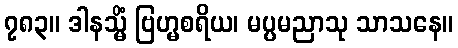
၇၈၃။ ဒါနသ္မိံ ဗြဟ္မစရိယ၊ မပ္ပမညာသု သာသနေ။